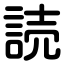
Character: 読